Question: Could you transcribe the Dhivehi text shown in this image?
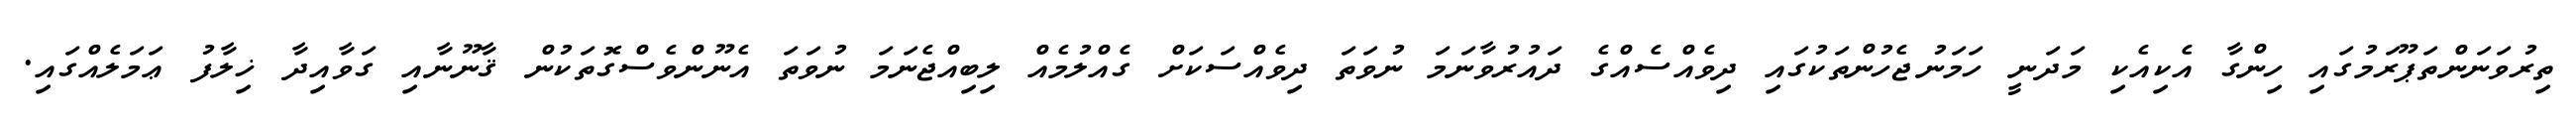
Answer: ތިރުވަނަންތަޕޫރަމުގައި ހިންގާ އެކިއެކި މަދަނީ ހަމަނުޖެހުންތަކުގައި ދިވެއްސެއްގެ ދައުރުވާނަމަ ނުވަތަ ދިވެއްސަކަށް ގެއްލުމެއް ލިބިއްޖެނަމަ ނުވަތަ އެނޫންވެސްގޮތަކުން ޤާނޫނާއި ގަވާއިދާ ޚިލާފު ޢަމަލެއްގައި.